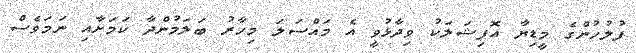
ފުލުހުންގެ މީޑިޔާ އޮފިޝަލަކު ވިދާޅުވީ އެ މައްސަލަ މިހާރު ބަލަމުންދާ ކަމަށާއި ނަމަވެސް